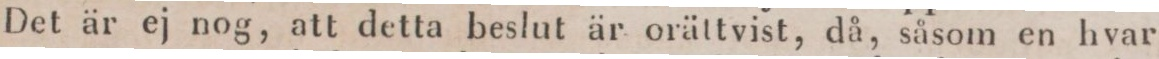
Det är ej nog, att detta beslut är orättvist, då, såsom en hvar